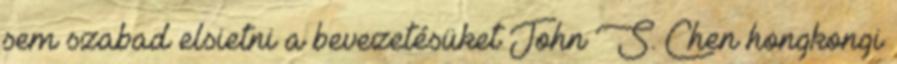
sem szabad elsietni a bevezetésüket John S. Chen hongkongi